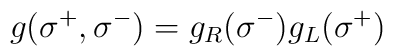
g(\sigma^+,\sigma^-)=g_R(\sigma^-)g_L(\sigma^+)